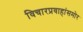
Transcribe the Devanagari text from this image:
विचारप्रवाहांसमोर